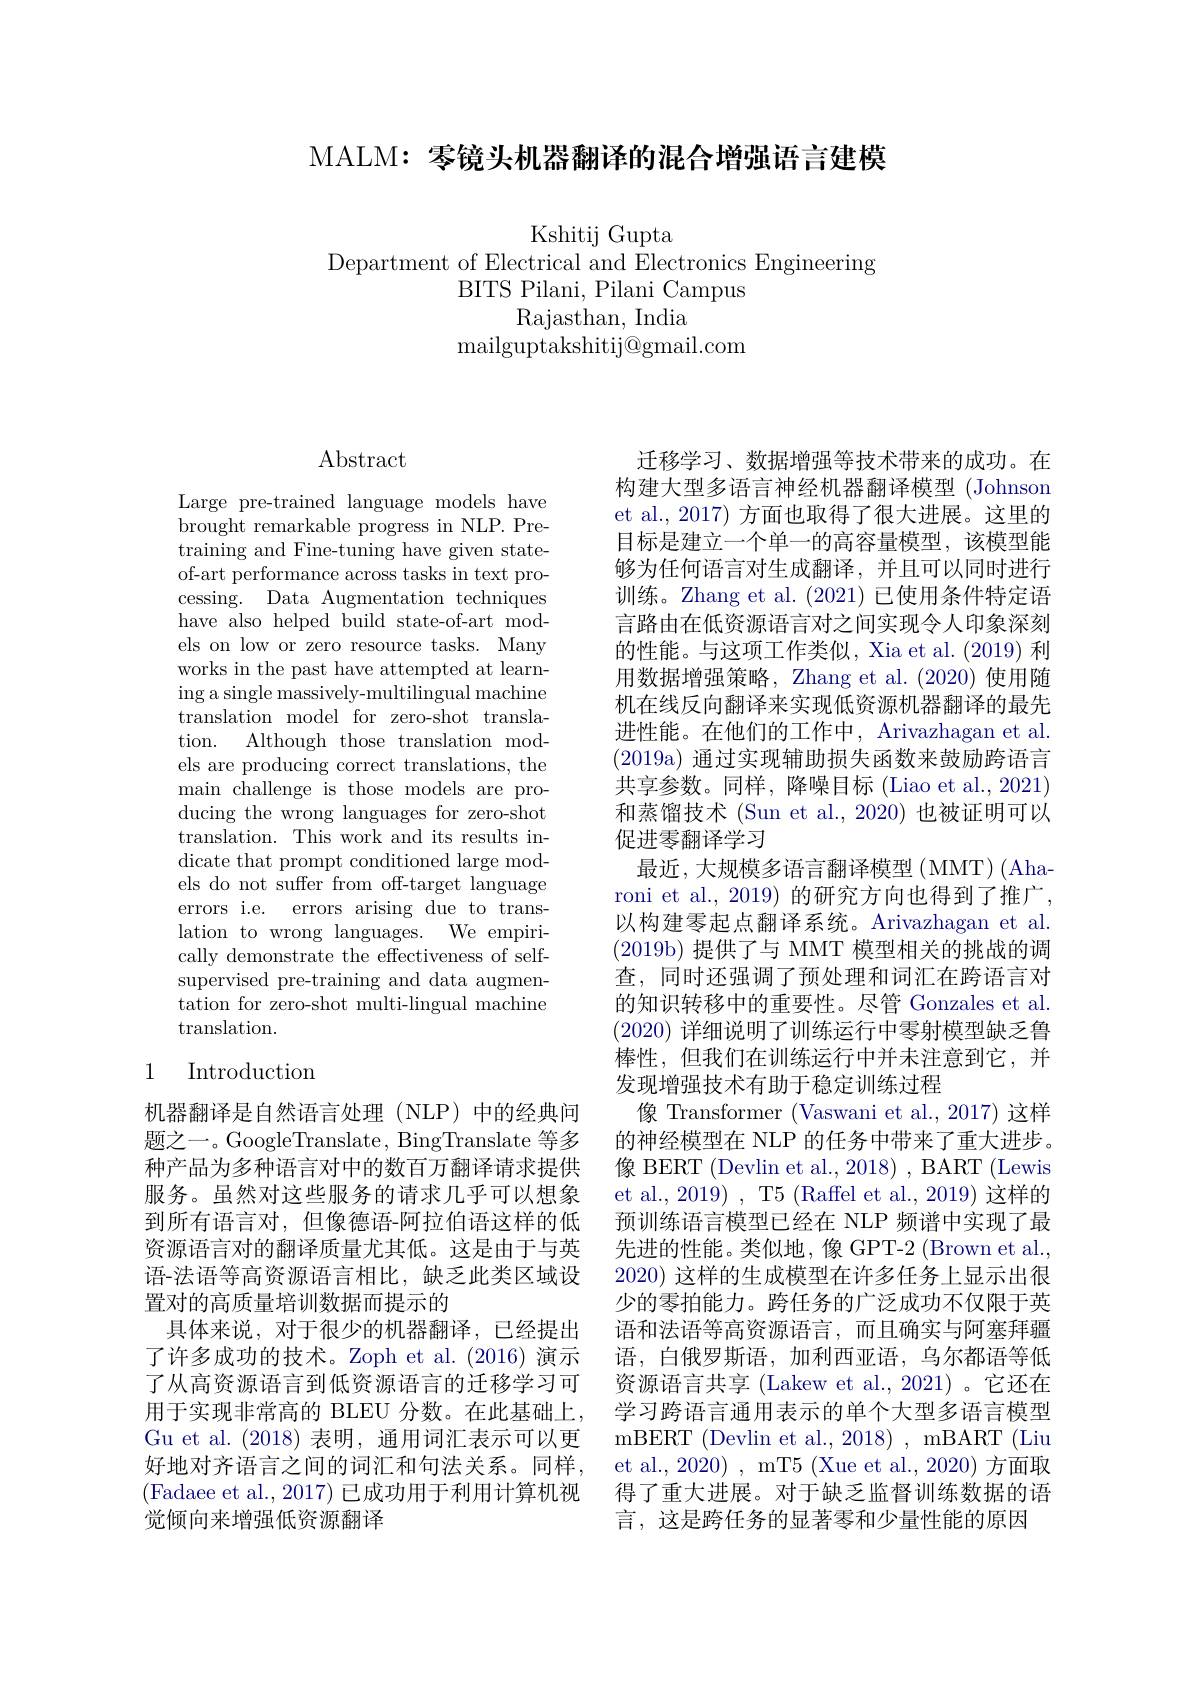
MALM: 零镜头机器翻译的混合增强语言建模

Kshitij Gupta
Department of Electrical and Electronics Engineering
BITS Pilani, Pilani Campus
Rajasthan, India
mailguptakshitij@ gmail. com

# $\operatorname{Abstract}$

Large pre-trained language models have brought remarkable progress in NLP. Pretraining and Fine-tuning have given stateof-art performance across tasks in text processing. Data Augmentation techniques have also helped build state-of-art models on low or zero resource tasks. Many works in the past have attempted at learn- $\operatorname{ing~a~single~massively-multilingual~machine}$ translation model for zero-shot translation. Although those translation models are producing correct translations, the main challenge is those models are producing the wrong languages for zero-shot translation. This work and its results indicate that prompt conditioned large models do not suffer from off-target language errors i.e. errors arising due to translation to wrong languages. We empirically demonstrate the effectiveness of selfsupervised pre-training and data augmentation for zero-shot multi-lingual machine translation.

# 1 Introduction

机器翻译是自然语言处理(NLP)中的经典问题之一。GoogleTranslate, BingTranslate 等多种产品为多种语言对中的数百万翻译请求提供服务。虽然对这些服务的请求几乎可以想象到所有语言对，但像德语-阿拉伯语这样的低资源语言对的翻译质量尤其低。这是由于与英语-法语等高资源语言相比，缺乏此类区域设置对的高质量培训数据而提示的
具体来说，对于很少的机器翻译，已经提出了许多成功的技术。Zoph et al.(2016) 演示了从高资源语言到低资源语言的迁移学习可用于实现非常高的 BLEU 分数。在此基础上， Gu et al.(2018)表明，通用词汇表示可以更好地对齐语言之间的词汇和句法关系。同样， (Fadaee et al., 2017) 已成功用于利用计算机视觉倾向来增强低资源翻译

迁移学习、数据增强等技术带来的成功。在构建大型多语言神经机器翻译模型 (Johnson et al., 2017) 方面也取得了很大进展。这里的目标是建立一个单一的高容量模型，该模型能够为任何语言对生成翻译，并且可以同时进行训练。Zhang et al. (2021)已使用条件特定语言路由在低资源语言对之间实现令人印象深刻的性能。与这项工作类似，Xia et al. (2019) 利用数据增强策略，Zhang et al. (2020)使用随机在线反向翻译来实现低资源机器翻译的最先进性能。在他们的工作中，Arivazhagan et al. (2019a) 通过实现辅助损失函数来鼓励跨语言共享参数。同样，降噪目标(Liao et al.,2021) 和蒸馏技术 (Sun et al., 2020) 也被证明可以促进零翻译学习
最近，大规模多语言翻译模型(MMT)(Aharoni et al., 2019) 的研究方向也得到了推广， 以构建零起点翻译系统。Arivazhagan et al. ( 2019b) 提 供 了 与 MMT 模型相关的挑战的调查，同时还强调了预处理和词汇在跨语言对的知识转移中的重要性。尽管 Gonzales et al. (2020)详细说明了训练运行中零射模型缺乏鲁棒性，但我们在训练运行中并未注意到它，并发现增强技术有助于稳定训练过程
像 Transformer (Vaswani et al.,2017)这样的神经模型在 NLP 的任务中带来了重大进步。像 BERT (Devlin et al., 2018) , BART (Lewis et al., 2019) , T5 (Raffel et al., 2019) 这样的预训练语言模型已经在 NLP 频谱中实现了最先进的性能。类似地，像 GPT-2 (Brown et al. 2020) 这样的生成模型在许多任务上显示出很少的零拍能力。跨任务的广泛成功不仅限于英语和法语等高资源语言，而且确实与阿塞拜疆语，白俄罗斯语，加利西亚语，乌尔都语等低资源语言共享 (Lakew et al.,2021)。它还在学习跨语言通用表示的单个大型多语言模型mBERT ( Devlin et al. , 2018) , mBART ( Liu et al., 2020) , mT5 (Xue et al., 2020) 方面取得了重大进展。对于缺乏监督训练数据的语言，这是跨任务的显著零和少量性能的原因